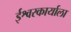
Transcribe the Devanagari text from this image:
ईश्वरकार्याला